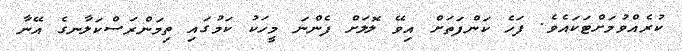
ކުރެއްވުމަށްޓަކައެވެ. ފަހެ ކަންފަތަށް އިވޭ ލޮލަށް ފެންނަ މީހަކު ކަމުގައި ތިމަންރަސްކަލާނގެ އޭނާ